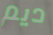
ديم